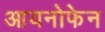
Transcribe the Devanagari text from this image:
आयनोफेन